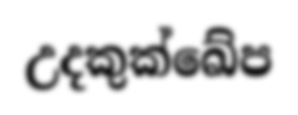
උදකුක්ඛේප